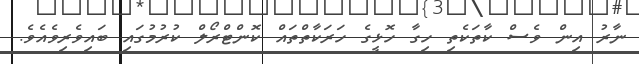
ނާރު އިން ވެސް ކާތަކެތި ހިގާ ހޮޅީގެ ހަރަކާތްތައް ކޮންޓްރޯލް ކުރުމުގައި ބައިވެރިވެއެވެ.